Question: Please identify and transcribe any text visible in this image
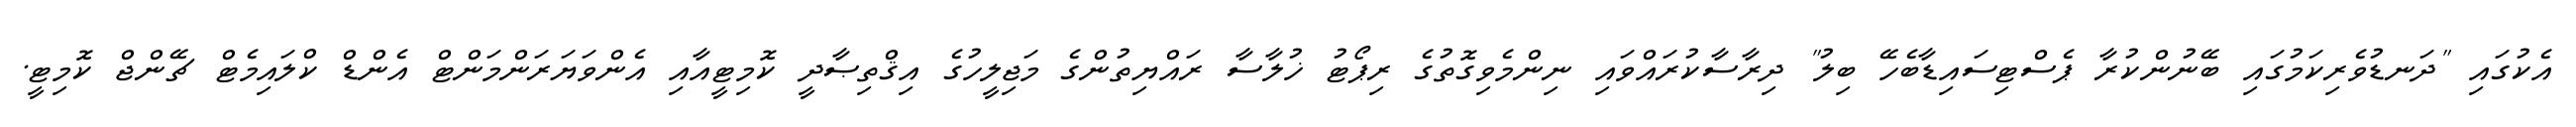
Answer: އެކުގައި "ދަނޑުވެރިކަމުގައި ބޭނުންކުރާ ޕެސްޓިސައިޑާބެހޭ ބިލު" ދިރާސާކުރައްވައި ނިންމެވިގޮތުގެ ރިޕޯޓު ޚުލާސާ ރައްޔިތުންގެ މަޖިލީހުގެ އިޤްތިޞާދީ ކޮމިޓީއާއި އެންވަޔަރަންމަންޓް އެންޑް ކްލައިމެޓް ޗޭންޖް ކޮމިޓީ.